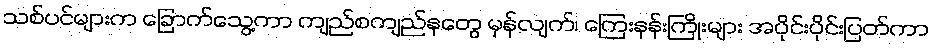
သစ်ပင်များက ခြောက်သွေ့ကာ ကျည်စကျည်နတွေ မှန်လျက်၊ ကြေးနန်းကြိုးများ အပိုင်းပိုင်းပြတ်ကာ